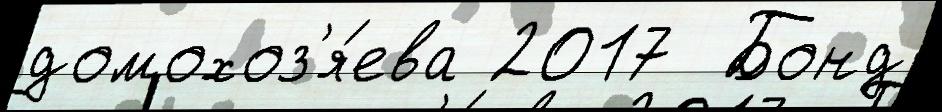
домохоз'я́ева 2017  Бонд